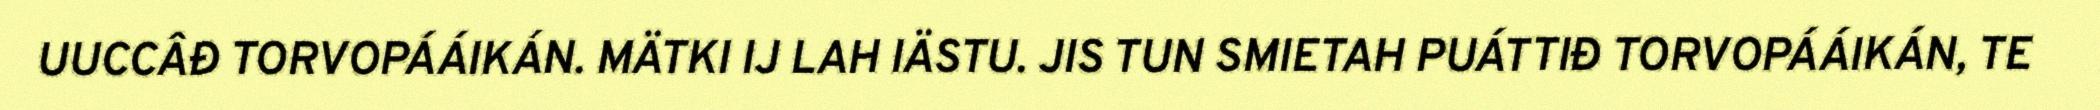
UUCCÂĐ TORVOPÁÁIKÁN. MÄTKI IJ LAH IÄSTU. JIS TUN SMIETAH PUÁTTIĐ TORVOPÁÁIKÁN, TE